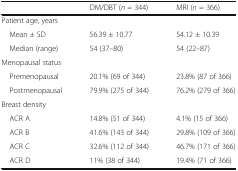
|  | DM/DBT (n = 344) | MRI (n = 366) |
 | --- | --- | --- |
 | <COLSPAN=3> Patient age, years |
 | Mean ± SD | 56.39 ± 10.77 | 54.12 ± 10.39 |
 | Median (range) | 54 (37–80) | 54 (22–87) |
 | <COLSPAN=3> Menopausal status |
 | Premenopausal | 20.1% (69 of 344) | 23.8% (87 of 366) |
 | Postmenopausal | 79.9% (275 of 344) | 76.2% (279 of 366) |
 | <COLSPAN=3> Breast density |
 | ACR A | 14.8% (51 of 344) | 4.1% (15 of 366) |
 | ACR B | 41.6% (143 of 344) | 29.8% (109 of 366) |
 | ACR C | 32.6% (112 of 344) | 46.7% (171 of 366) |
 | ACR D | 11% (38 of 344) | 19.4% (71 of 366) |